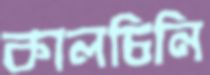
কালচিনি